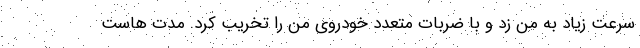
سرعت زیاد به من زد و با ضربات متعدد خودروی من را تخریب کرد. مدت هاست